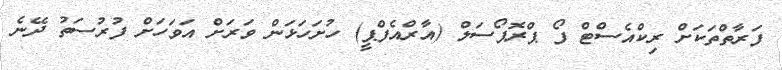
ފަރާތްތަކަށް ރިކްއެސްޓް ފޯ ޕްރޮޕޯސަލް (އާރްއެފްޕީ) ހުށަހަޅަން ވަރަށް އަވަހަށް ފުރުސަތު ދޭނެ